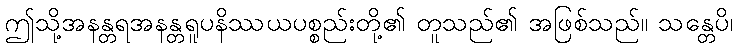
ဤသို့အနန္တရအနန္တရူပနိဿယပစ္စည်းတို့၏ တူသည်၏ အဖြစ်သည်။ သန္တေပိ၊